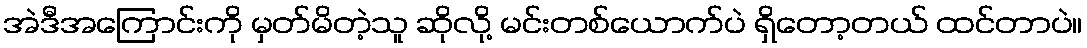
အဲဒီအကြောင်းကို မှတ်မိတဲ့သူ ဆိုလို့ မင်းတစ်ယောက်ပဲ ရှိတော့တယ် ထင်တာပဲ။